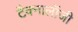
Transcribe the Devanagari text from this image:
टैक्नालॉजी